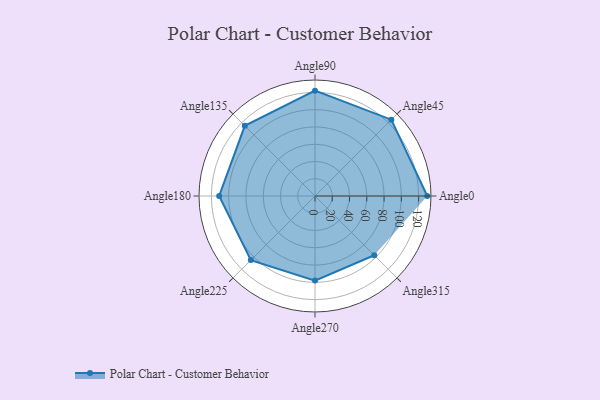
{"axis": {"x": "Angle", "y": "Radius"}, "legend": [""], "data": [{"x": "Angle0", "y": 130.0, "type": ""}, {"x": "Angle45", "y": 125.0, "type": ""}, {"x": "Angle90", "y": 122.0, "type": ""}, {"x": "Angle135", "y": 115.0, "type": ""}, {"x": "Angle180", "y": 111.0, "type": ""}, {"x": "Angle225", "y": 105.0, "type": ""}, {"x": "Angle270", "y": 98.0, "type": ""}, {"x": "Angle315", "y": 97.0, "type": ""}]}